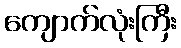
ကျောက်လုံးကြီး